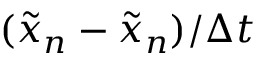
( \tilde { x } _ { n } - \tilde { x } _ { n } ) / \Delta t